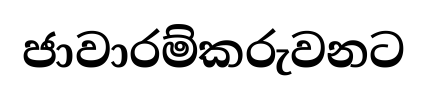
ජාවාරම්කරුවනට